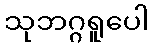
သုဘဂ္ဂရူပေါ